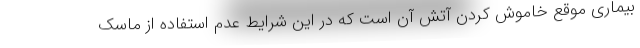
بیماری موقع خاموش کردن آتش آن است که در این شرایط عدم استفاده از ماسک